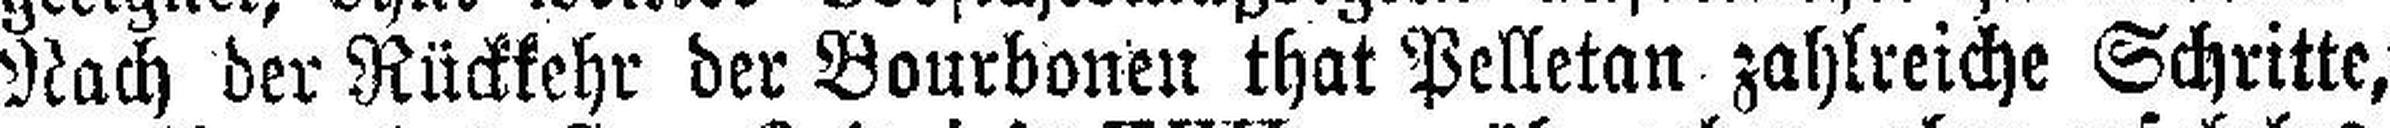
Nach der Rückkehr der Bourbonen that Pelletan zahlreiche Schritte,